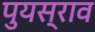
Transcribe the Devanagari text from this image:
पुयस्राव